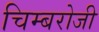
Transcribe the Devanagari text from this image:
चिम्बरोजी